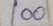
100